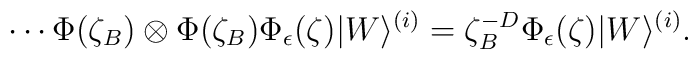
\cdots\Phi(\zeta_B)\otimes\Phi(\zeta_B)\Phi_\epsilon(\zeta)  |W\rangle^{(i)}  =  \zeta_B^{-D}\Phi_\epsilon(\zeta)|W\rangle^{(i)}.